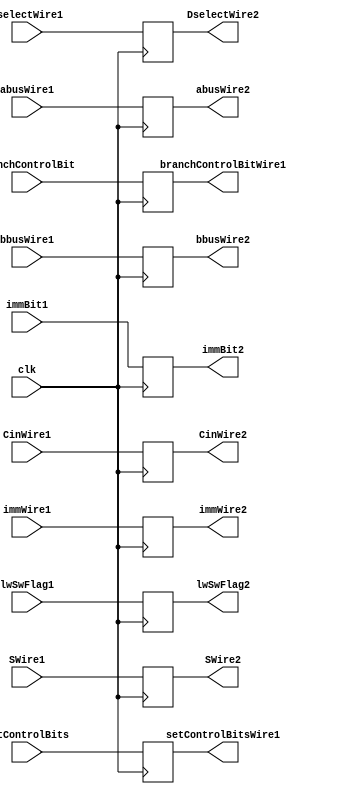
module pipeline_2_latch_3(clk, abusWire1, bbusWire1, DselectWire1, immWire1, SWire1, CinWire1,immBit1,lwSwFlag1,
abusWire2,bbusWire2,immWire2,SWire2,CinWire2,DselectWire2,immBit2,lwSwFlag2,setControlBits,setControlBitsWire1,
branchControlBit,branchControlBitWire1);
  input clk, CinWire1,immBit1;
  input [31:0] abusWire1, bbusWire1, DselectWire1, immWire1;
  input [2:0] SWire1;
  input [1:0] lwSwFlag1;
  input [1:0] setControlBits;
  input [1:0] branchControlBit;
  output CinWire2,immBit2;
  output [31:0] abusWire2, bbusWire2, DselectWire2, immWire2;
  output [2:0] SWire2;
  output [1:0] lwSwFlag2;
  output [1:0] setControlBitsWire1;
  output [1:0] branchControlBitWire1;
  reg CinWire2,immBit2;
  reg [31:0] abusWire2, bbusWire2, DselectWire2, immWire2;
  reg [2:0] SWire2;
  reg [1:0] lwSwFlag2;
  reg [1:0] setControlBitsWire1;
  reg [1:0] branchControlBitWire1;
  always @(posedge clk) begin
    abusWire2 = abusWire1;
    bbusWire2 = bbusWire1;
    DselectWire2 = DselectWire1;
    immWire2 = immWire1;
    SWire2 = SWire1;
    CinWire2 = CinWire1;
    immBit2 = immBit1;
    lwSwFlag2 = lwSwFlag1;
    setControlBitsWire1 = setControlBits;
    branchControlBitWire1 = branchControlBit;
  end
endmodule